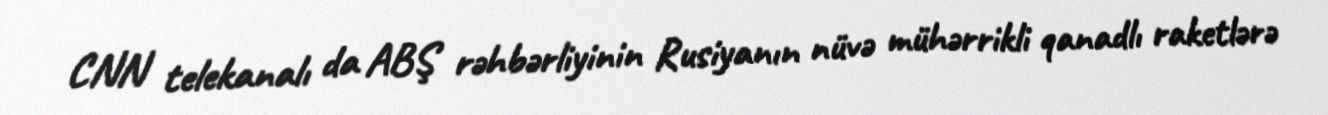
CNN telekanalı da ABŞ rəhbərliyinin Rusiyanın nüvə mühərrikli qanadlı raketlərə